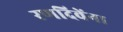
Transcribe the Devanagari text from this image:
रणदिवेंना